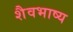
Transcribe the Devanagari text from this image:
शैवभाष्य